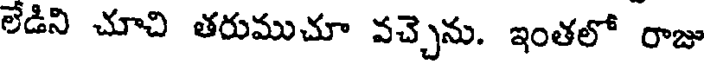
లేడిని చూచి తరుముచూ వచ్చెను. ఇంతలో రాజు